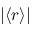
| \langle r \rangle |